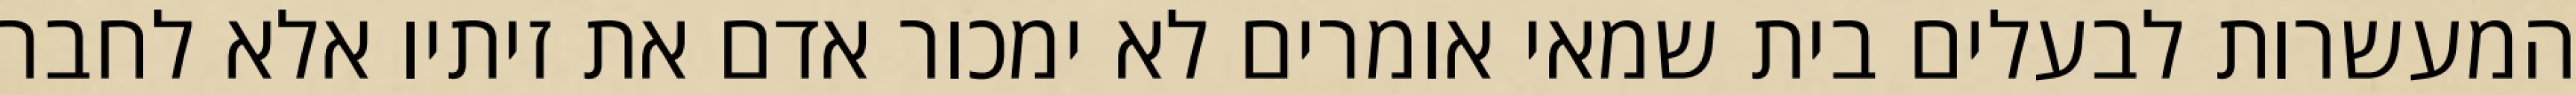
המעשרות לבעלים בית שמאי אומרים לא ימכור אדם את זיתיו אלא לחבר